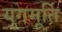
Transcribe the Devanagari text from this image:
युगमूर्ति